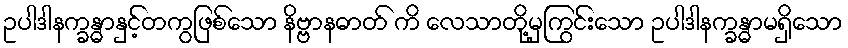
ဥပါဒါနက္ခန္ဓာနှင့်တကွဖြစ်သော နိဗ္ဗာနဓာတ် ကိ လေသာတို့မှကြွင်းသော ဥပါဒါနက္ခန္ဓာမရှိသော